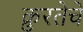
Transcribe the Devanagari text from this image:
क्रुरतेचे